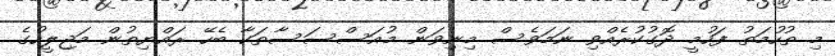
މި ތުހުމަތު ފަހުމީ ދޮގުކުރެއްވި ނަމަވެސް މިނިވަން މުއަސްސަސާތަކާ ބެހޭ ރައްޔިތުން މަޖިލީހުގެ